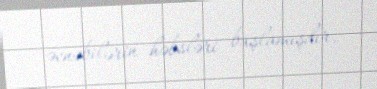
əcnəbilərin həbsləri başlamışdır.